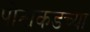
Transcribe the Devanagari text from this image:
पोटाकडच्या